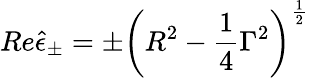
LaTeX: Re\hat{\epsilon}_{\pm}=\pm\left(R^{2}-\frac 14\Gamma^{2}\right)^{\frac 12}